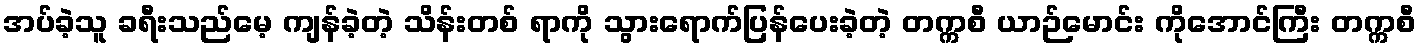
အပ်ခဲ့သူ ခရီးသည်မေ့ ကျန်ခဲ့တဲ့ သိန်းတစ် ရာကို သွားရောက်ပြန်ပေးခဲ့တဲ့ တက္ကစီ ယာဉ်မောင်း ကိုအောင်ကြီး တက္ကစီ